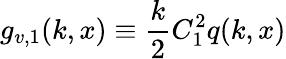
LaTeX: g_{v,1}(k,x)\equiv\frac{k}{2}C_{1}^{2}q(k,x)